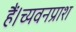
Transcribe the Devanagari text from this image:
हैं।च्यवनप्राश